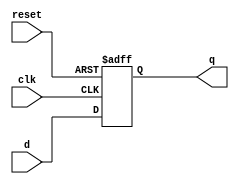
module dff_async(
  input d,clk,reset,
  output reg q);
  
  always @(posedge clk or negedge reset)
    if(~reset)
      q=0;
    else
      q=d;
endmodule